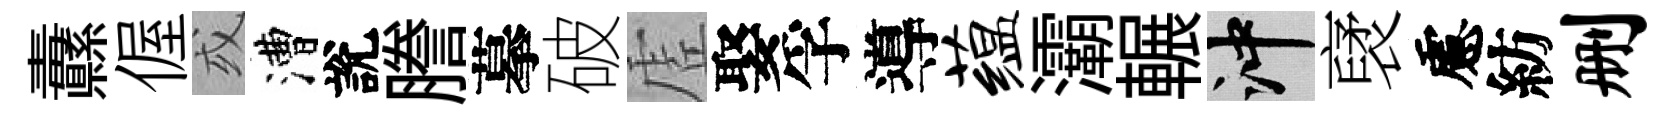
纛偓或漕說謄摹破虗娶孚導蕴灞輾冲裦慮紡删